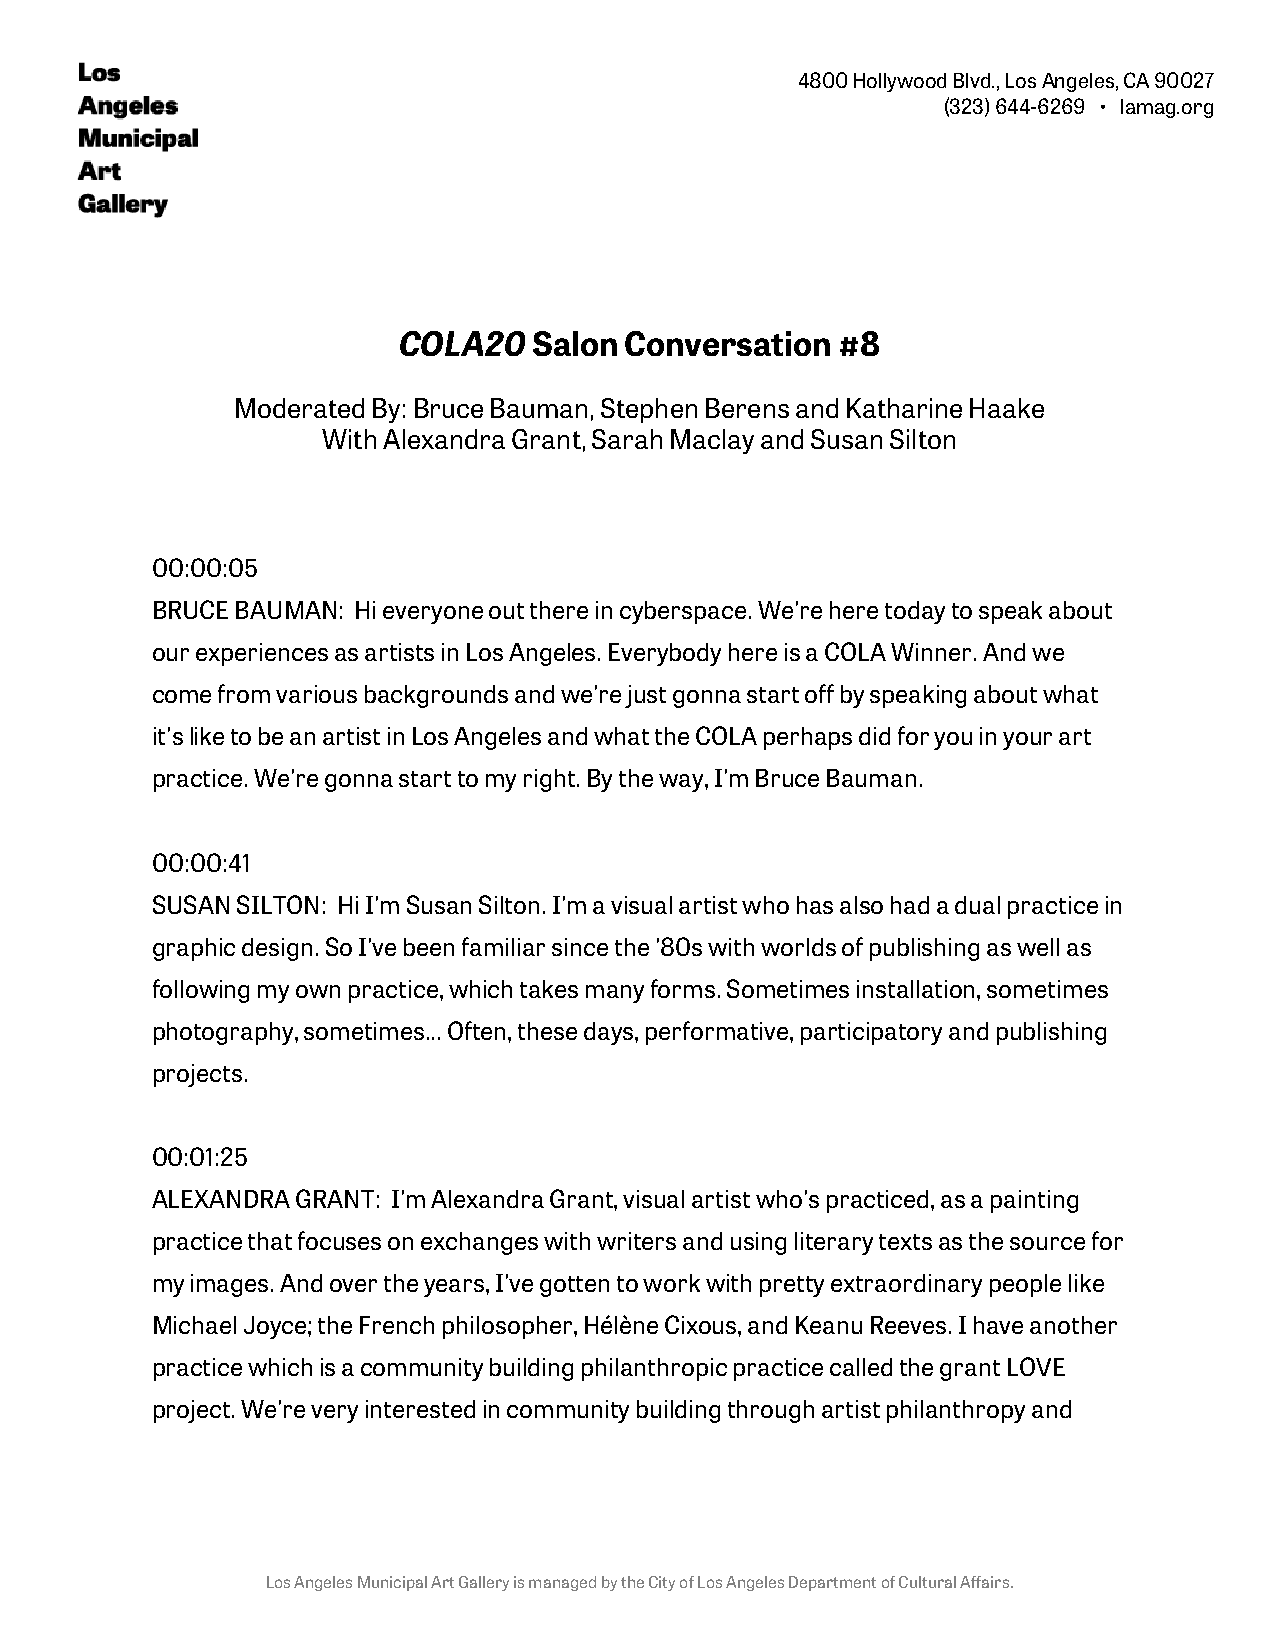
4800 Hollywood Blvd., Los Angeles, CA 90027
 (323) 644-6269 • lamag.org
 COLA20   Salon Conversation  #8
 Moderated By: Bruce Bauman, Stephen Berens and Katharine Haake
 With Alexandra Grant, Sarah Maclay and Susan Silton
 00:00:05
 BRUCE BAUMAN: Hi everyone out there in cyberspace. We're here today to speak about
 our experiences as artists in Los Angeles. Everybody here is a COLA Winner. And we
 come from various backgrounds and we're just gonna start off by speaking about what
 it's like to be an artist in Los Angeles and what the COLA perhaps did for you in your art
 practice. We're gonna start to my right. By the way, I'm Bruce Bauman.
 00:00:41
 SUSAN SILTON: Hi I'm Susan Silton. I'm a visual artist who has also had a dual practice in
 graphic design. So I've been familiar since the '80s with worlds of publishing as well as
 following my own practice, which takes many forms. Sometimes installation, sometimes
 photography, sometimes... Often, these days, performative, participatory and publishing
 projects.
 00:01:25
 ALEXANDRA GRANT: I'm Alexandra Grant, visual artist who's practiced, as a painting
 practice that focuses on exchanges with writers and using literary texts as the source for
 my images. And over the years, I've gotten to work with pretty extraordinary people like
 Michael Joyce; the French philosopher, Hélène Cixous, and Keanu Reeves. I have another
 practice which is a community building philanthropic practice called the grant LOVE
 project. We're very interested in community building through artist philanthropy and
 Los Angeles Municipal Art Gallery is managed by the City of Los Angeles Department of Cultural Affairs.